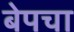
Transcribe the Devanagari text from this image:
बेपचा